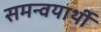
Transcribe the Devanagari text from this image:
समन्वयार्थी